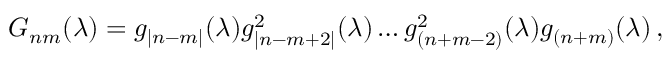
G _ { n m } ( \lambda ) = g _ { | n - m | } ( \lambda ) g _ { | n - m + 2 | } ^ { 2 } ( \lambda ) \ldots g _ { ( n + m - 2 ) } ^ { 2 } ( \lambda ) g _ { ( n + m ) } ( \lambda ) \, ,